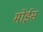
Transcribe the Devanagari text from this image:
मोईस